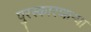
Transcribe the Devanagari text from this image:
पुरस्कारणाऱ्या